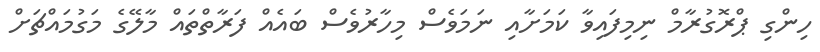
ހިންގި ޕްރޮގުރާމް ނިމިފައިވާ ކަމަށާއި ނަމަވެސް މިހާރުވެސް ބައެއް ފަރާތްތައް މާލޭގެ މަގުމައްޗަށް